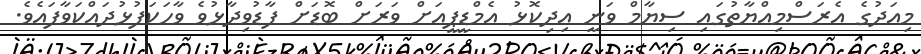
މިއަދުގެ އެރަސްމިއްޔާތުގައި ސިޔާމް ވަނީ އިދިކޮޅު އެމްޑީޕީއަށް ވަރަށް ބޮޑަށް ފާޑުވިދާޅުވެ ވާހަކަފުޅުދައްކަވާފައެވެ.